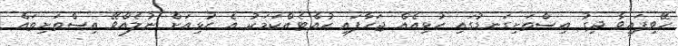
ހޭވިފައިވާ ދިގު އިސްތަށިގަނޑުގައި ހުޅިއެއް ޖަހާފައި ހުއްޓެއްކަމަކު އެ ހުޅިއަށް ނުލެއްވޭ އިސްތަށިތައް